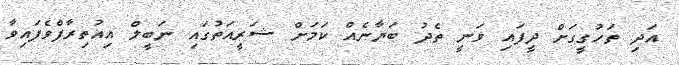
އަދި ތަހުގީގަށް ދީފައި ވަނީ ތެދު ބަޔާނެއް ކަމަށް ޝަރީއަތުގައި ނަބީލް އިއުތިރާފްވެފައިވާ